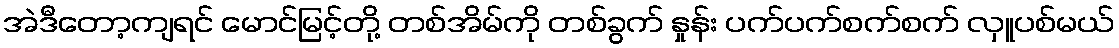
အဲဒီတော့ကျရင် မောင်မြင့်တို့ တစ်အိမ်ကို တစ်ခွက် နှုန်း ပက်ပက်စက်စက် လှူပစ်မယ်